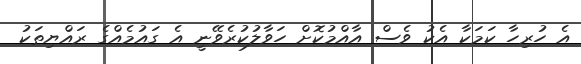
އެ ހުރިހާ ކަމަކާ އެކު ވެސް އާއްމުކޮށް ހަވާލުކުރެވޭނީ އެ ގައުމެއްގެ ރައްޔިތަކު